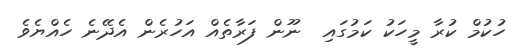
ހުކުމް ކުރާ މީހަކު ކަމުގައި  ނޫން ފަރާތެއް އަހުރެން އެދޭނެ ހެއްޔެވެ